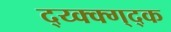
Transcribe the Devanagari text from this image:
द्य्क्क्ग्द्क